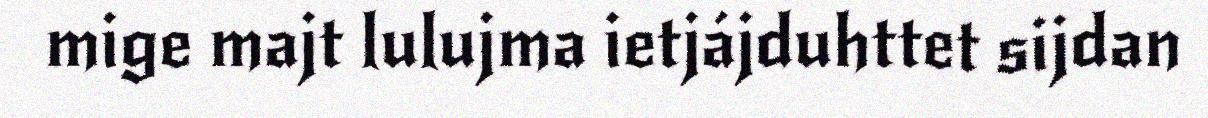
mige majt lulujma ietjájduhttet sijdan